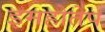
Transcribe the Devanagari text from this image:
इमहोतेप